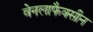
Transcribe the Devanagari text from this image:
वेनलाफैक्सीन